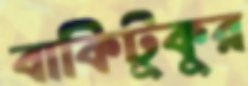
বাকিটুকুর